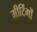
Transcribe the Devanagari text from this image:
मीटिंगों